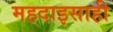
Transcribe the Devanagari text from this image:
महदाइसाही